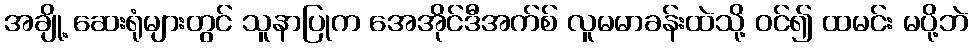
အချို့ ဆေးရုံများတွင် သူနာပြုက အေအိုင်ဒီအက်စ် လူမမာခန်းထဲသို့ ဝင်၍ ထမင်း မပို့ဘဲ